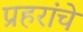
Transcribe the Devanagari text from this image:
प्रहरांचे